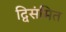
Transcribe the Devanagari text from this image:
द्विसंमित